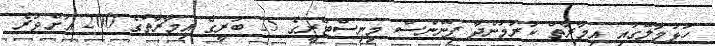
ހުޅުމާލޭގައި އިމާރާތް ކުރަމުންދާ ފިނޭންސް މިނިސްޓްރީގެ 25 ބުރީގެ އިމާރާތުގެ 200 އަށްވުރެ